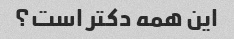
این همه دکتر است؟